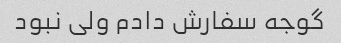
گوجه سفارش دادم ولی نبود